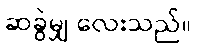
ဆခွဲမျှ လေးသည်။